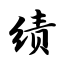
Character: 绩